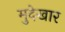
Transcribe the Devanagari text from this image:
मुदेखार